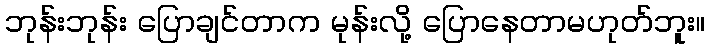
ဘုန်းဘုန်း ပြောချင်တာက မုန်းလို့ ပြောနေတာမဟုတ်ဘူး။